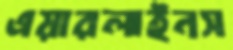
এয়ারলাইনস